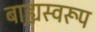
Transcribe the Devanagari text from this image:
बाह्य़स्वरूप